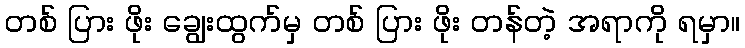
တစ် ပြား ဖိုး ချွေးထွက်မှ တစ် ပြား ဖိုး တန်တဲ့ အရာကို ရမှာ။